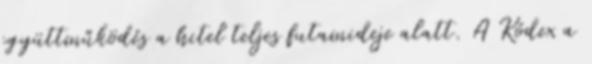
együttműködés a hitel teljes futamideje alatt. A Kódex a